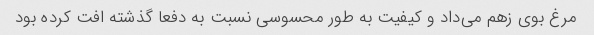
مرغ بوی زهم می‌داد و کیفیت به طور محسوسی نسبت به دفعا گذشته افت کرده بود